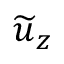
\widetilde { \boldsymbol { u } } _ { z }